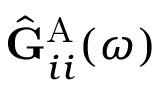
\hat { \mathbf { G } } _ { i i } ^ { \mathrm { A } } ( \omega )